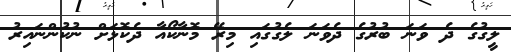
ލީގުގެ ދެ ވަނަ ބުރުގެ ދެވަނަ ލެގުގައި މިރޭ މޮނާކޯއާ ދެކޮޅަށް ނުކުންނައިރު